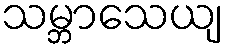
သမ္ဘာသေယျ